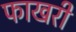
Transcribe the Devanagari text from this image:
फाखरी